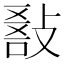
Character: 𢾵